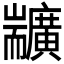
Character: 𦓣